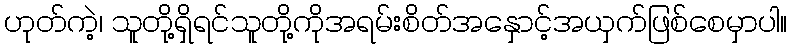
ဟုတ်ကဲ့၊ သူတို့ရှိရင်သူတို့ကိုအရမ်းစိတ်အနှောင့်အယှက်ဖြစ်စေမှာပါ။